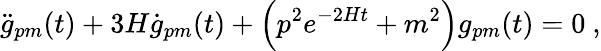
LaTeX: \ddot{g}_{pm}(t)+3H\dot{g}_{pm}(t)+\Bigl(p^{2}e^{-2Ht}+m^{2}\Bigr)g_{pm}(t)=0\ ,